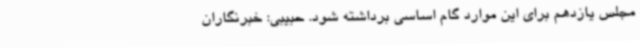
مجلس یازدهم برای این موارد گام اساسی برداشته شود. حبیبی: خبرنگاران